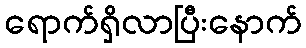
ရောက်ရှိလာပြီးနောက်